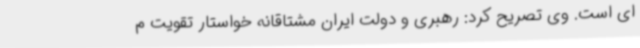
ای است. وی تصریح کرد: رهبری و دولت ایران مشتاقانه خواستار تقویت م